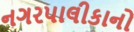
નગરપાલીકાનો